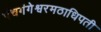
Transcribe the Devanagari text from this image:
पंचगंगेश्वरमठाधिपती